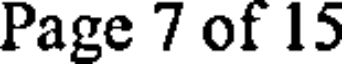
Page 7 of 15